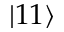
\left| 1 1 \right\rangle